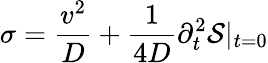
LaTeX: \sigma=\frac{v^{2}}{D}+\frac{1}{4D}\partial_{t}^{2}{\cal S}|_{t=0}